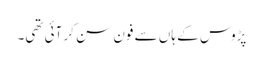
پڑوس کے ہاں سے فون سن کر آئی تھی۔